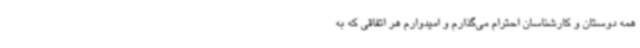
همه دوستان و کارشناسان احترام می‌گذارم و امیدوارم هر اتفاقی که به